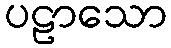
ပဠာသော